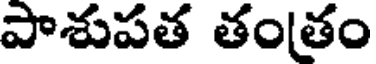
పాశుపత తంతం